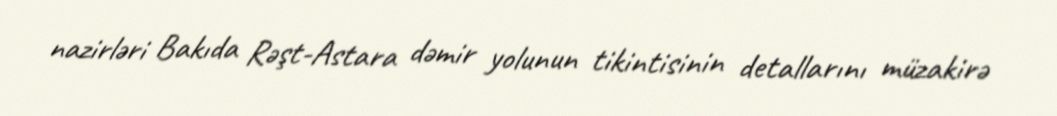
nazirləri Bakıda Rəşt-Astara dəmir yolunun tikintisinin detallarını müzakirə